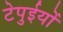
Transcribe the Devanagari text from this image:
टेपुईयों